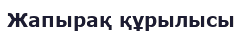
Жапырақ құрылысы